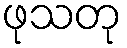
ဖုသတု